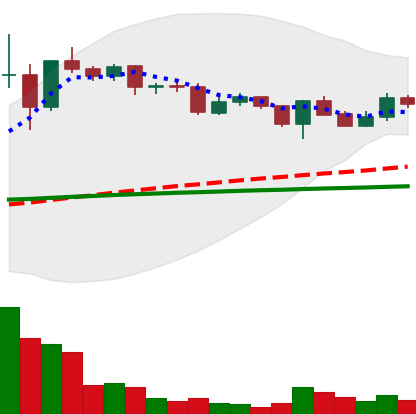
Ticker: XLM-USD
Chart end date: 2020-12-14
Forward return: 7.113%
Label: up_7plus